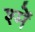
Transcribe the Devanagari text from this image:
श्में